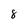
Character: 8